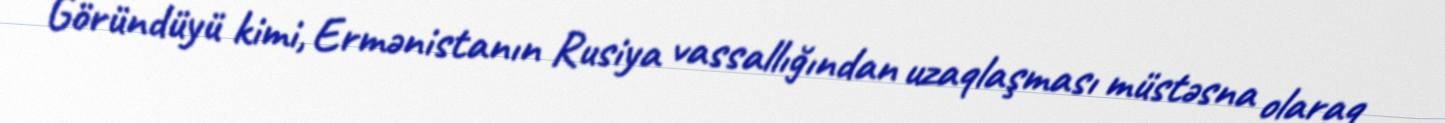
Göründüyü kimi, Ermənistanın Rusiya vassallığından uzaqlaşması müstəsna olaraq